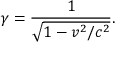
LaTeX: \gamma = { \frac { 1 } { \sqrt { 1 - v ^ { 2 } / c ^ { 2 } } } } .